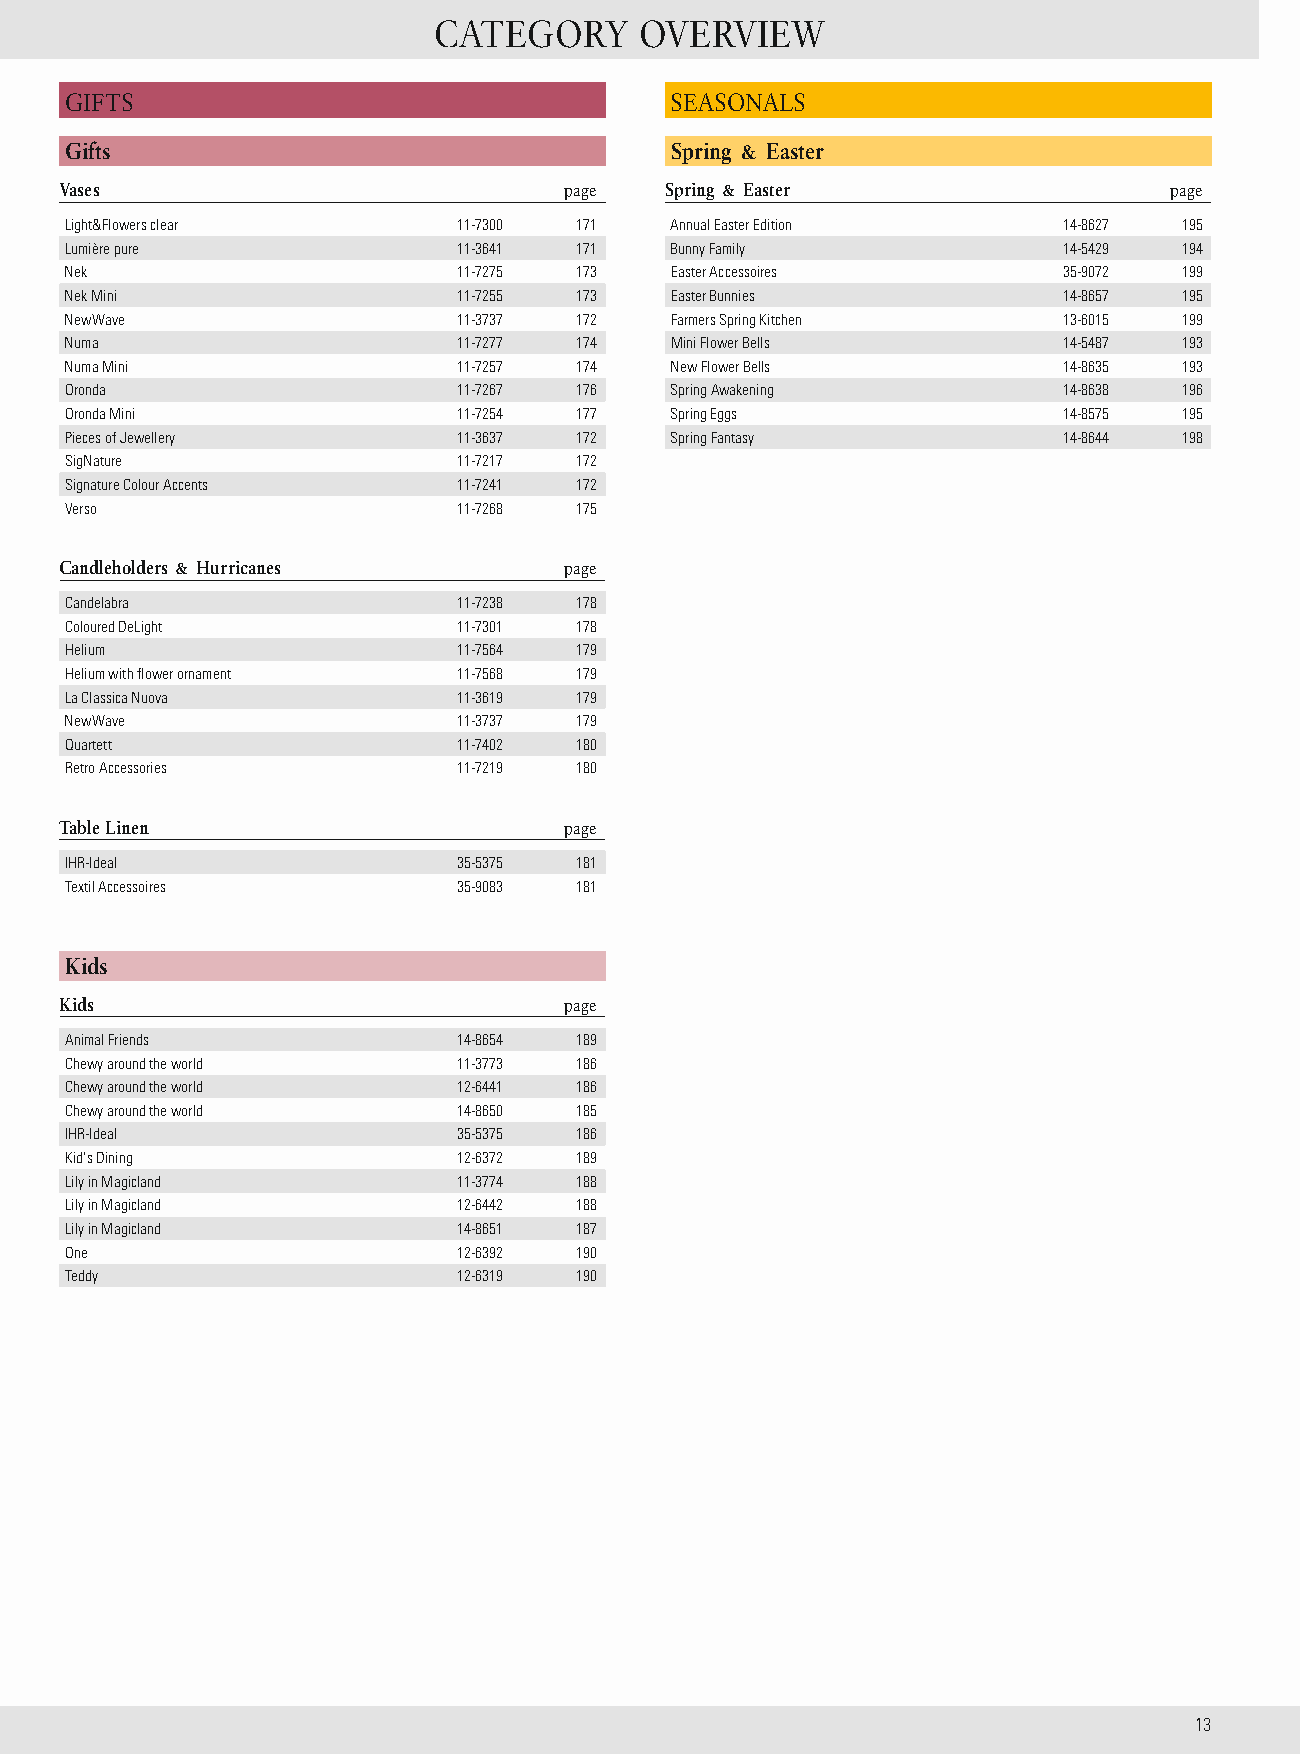
CATEGORY     OVERVIEW
 GIFTS                                   SEASONALS
 Gifts                                   Spring & Easter
 Vases                            page   Spring & Easter                  page
 Light&Flowers clear       11-7300 171   Annual Easter Edition     14-8627 195
 Lumière pure              11-3641 171   Bunny Family              14-5429 194
 Nek                       11-7275 173   Easter Accessoires        35-9072 199
 Nek Mini                  11-7255 173   Easter Bunnies            14-8657 195
 NewWave                   11-3737 172   Farmers Spring Kitchen    13-6015 199
 Numa                      11-7277 174   Mini Flower Bells         14-5487 193
 Numa Mini                 11-7257 174   New Flower Bells          14-8635 193
 Oronda                    11-7267 176   Spring Awakening          14-8638 196
 Oronda Mini               11-7254 177   Spring Eggs               14-8575 195
 Pieces of Jewellery       11-3637 172   Spring Fantasy            14-8644 198
 SigNature                 11-7217 172
 Signature Colour Accents  11-7241 172
 Verso                     11-7268 175
 Candleholders & Hurricanes       page
 Candelabra                11-7238 178
 Coloured DeLight          11-7301 178
 Helium                    11-7564 179
 Helium with flower ornament 11-7568 179
 La Classica Nuova         11-3619 179
 NewWave                   11-3737 179
 Quartett                  11-7402 180
 Retro Accessories         11-7219 180
 Table Linen                      page
 IHR-Ideal                 35-5375 181
 Textil Accessoires        35-9083 181
 Kids
 Kids                             page
 Animal Friends            14-8654 189
 Chewy around the world    11-3773 186
 Chewy around the world    12-6441 186
 Chewy around the world    14-8650 185
 IHR-Ideal                 35-5375 186
 Kid‘s Dining              12-6372 189
 Lily in Magicland         11-3774 188
 Lily in Magicland         12-6442 188
 Lily in Magicland         14-8651 187
 One                       12-6392 190
 Teddy                     12-6319 190
 1 3